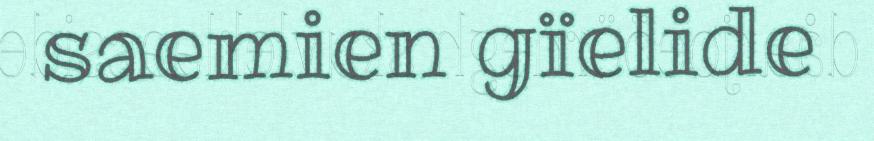
saemien gïelide